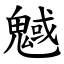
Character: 魊